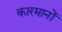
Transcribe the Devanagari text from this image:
कारमानों